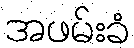
အဖမ်းခံ